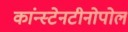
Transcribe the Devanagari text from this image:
कांन्स्टेनटीनोपोल